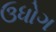
ઉધોગ